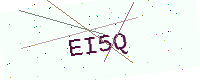
Text: EI5Q